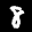
Label: 8